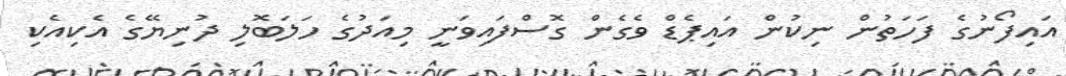
އައިފޯނުގެ ފަހަތުން ނިކުން އައިޕެޑް ވެގެން ގޮސްފައިވަނީ މިއަދުގެ ހަލަބޮލި ދުނިޔޭގެ އެކިއެކި